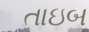
તાઇબ